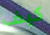
كيف